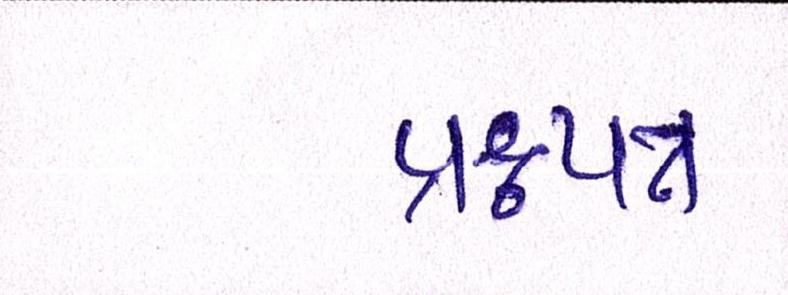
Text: પ્રશ્નપત્ર